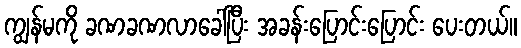
ကျွန်မကို ခဏခဏလာခေါ်ပြီး အခန်းပြောင်းပြောင်း ပေးတယ်။